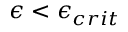
{ \epsilon } < { \epsilon } _ { c r i t }